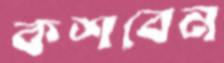
কশবেন